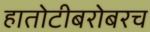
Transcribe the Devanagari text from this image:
हातोटीबरोबरच